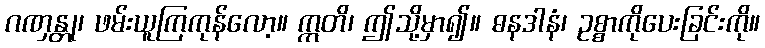
ဂဏှန္တု၊ ဖမ်းယူကြကုန်လော့။ ဣတိ၊ ဤသို့မှာ၍။ ဓနဒါနံ၊ ဥစ္စာကိုပေးခြင်းကို။